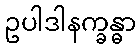
ဥပါဒါနက္ခန္ဓာ